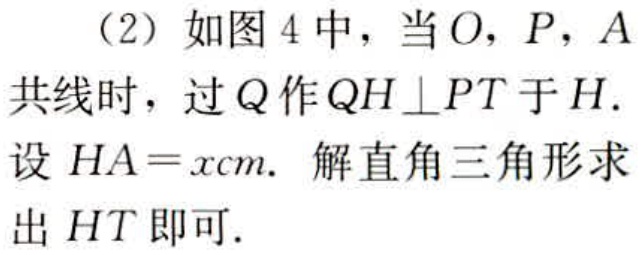
（2）如图4中，当\(O\)，\(P\)，\(A\)共线时，过\(Q\)作\(QH\perp PT\)于\(H\). 设 \(HA = x cm\). 解直角三角形求出 \(HT\)即可.